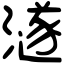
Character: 澻